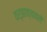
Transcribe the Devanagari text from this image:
वर्झाव्यातले